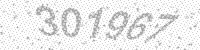
Solution: 301967